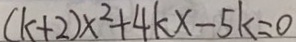
( k + 2 ) x ^ { 2 } + 4 k x - 5 k = 0